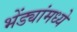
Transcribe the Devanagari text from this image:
भेंड्यांमध्ये